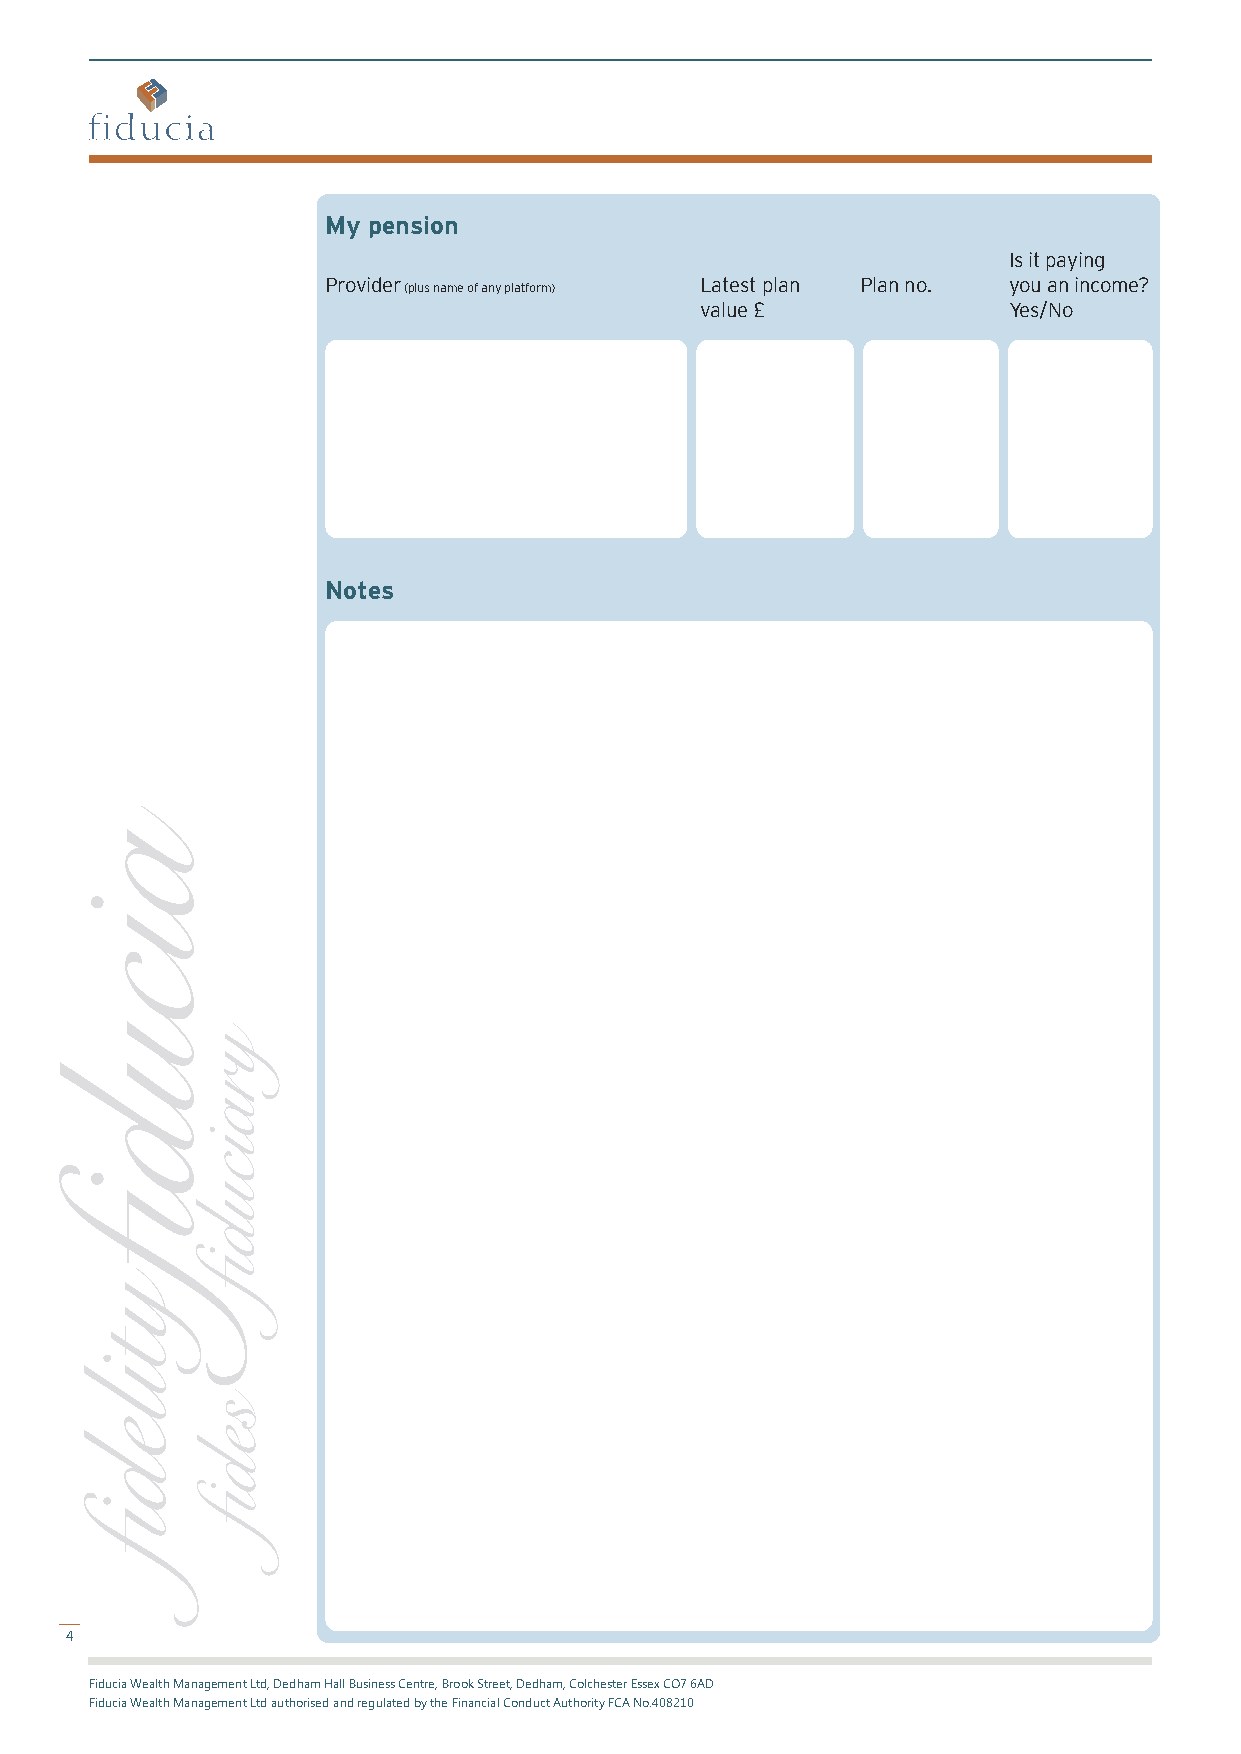
My pension
 Is it paying
 Provider                 Latest plan Plan no. you an income?
 (plus name of any platform)
 value £              Yes/No
 Notes
 4
 Fiducia Wealth Management Ltd, Dedham Hall Business Centre, Brook Street, Dedham, Colchester Essex CO7 6AD
 Fiducia Wealth Management Ltd authorised and regulated by the Financial Conduct Authority FCA No.408210